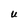
Character: U